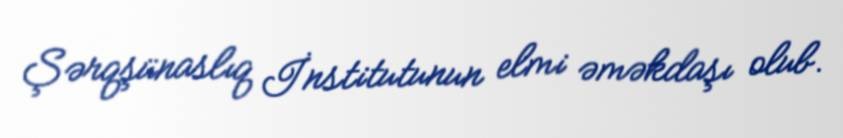
Şərqşünaslıq İnstitutunun elmi əməkdaşı olub.